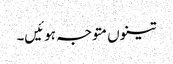
تینوں متوجہ ہوئیں۔